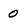
Character: 0